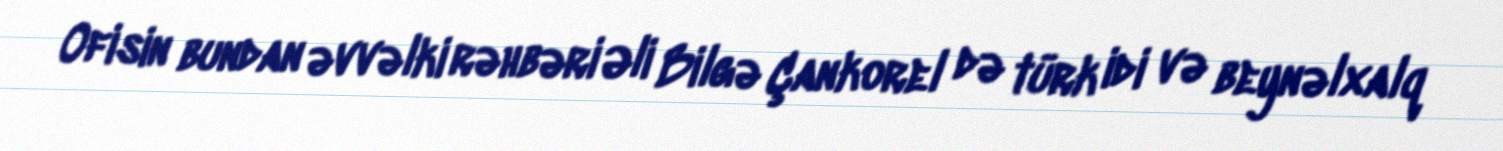
Ofisin bundan əvvəlki rəhbəri Əli Bilgə Çankorel də türk idi və beynəlxalq